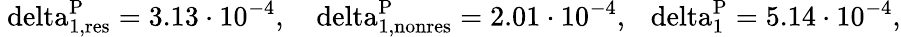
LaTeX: \mathrm{\ delta_{1,res}^{P}=3.13\cdot 10^{-4},~~~\ delta_{1,nonres}^{P}=2.01\cdot 10^{-4},~~\ delta_{1}^{P}=5.14\cdot 10^{-4},}